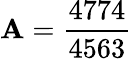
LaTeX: \mathbf{A}=\frac{{4774}}{{4563}}